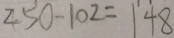
2 5 0 - 1 0 2 = 1 4 8